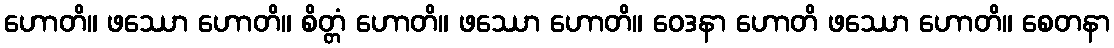
ဟောတိ။ ဖဿော ဟောတိ။ စိတ္တံ ဟောတိ။ ဖဿော ဟောတိ။ ဝေဒနာ ဟောတိ ဖဿော ဟောတိ။ စေတနာ